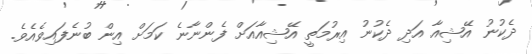
ދެކުނު އޭޝިއާ އަދި ދެކުނު އިރުމަތީ އޭޝިއާއަށް ފެންނާނެ ކަމަށް އިން ބުނެފައިވެއެވެ.